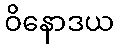
ဝိနောဒယ